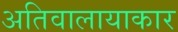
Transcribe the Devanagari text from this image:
अतिवालायाकार